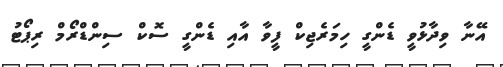
އޭނާ ވިދާޅުވީ ޑެންގީ ހިމަރެޖިކް ފީވާ އާއި ޑެންގީ ސޮކް ސިންޑްރޯމް ރިޕޯޓު